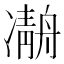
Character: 𠘒